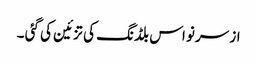
از سرنو اس بلڈنگ کی تزئین کی گئی ۔